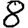
Digit: 8